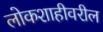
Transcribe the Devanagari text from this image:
लोकशाहीवरील